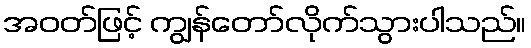
အဝတ်ဖြင့် ကျွန်တော်လိုက်သွားပါသည်။